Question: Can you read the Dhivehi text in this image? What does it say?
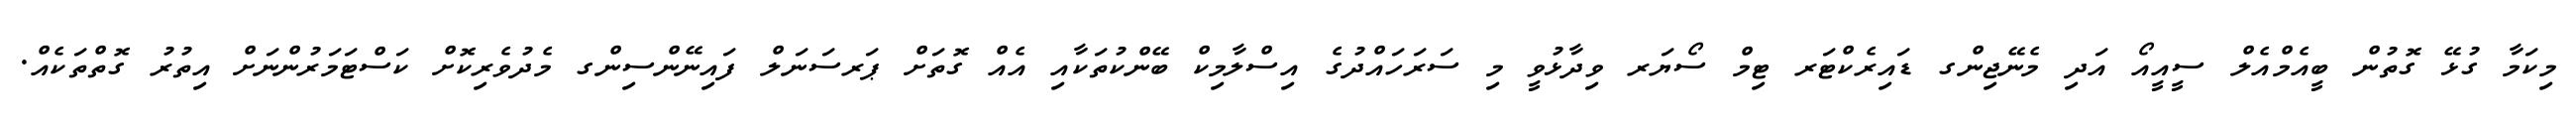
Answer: މިކަމާ ގުޅޭ ގޮތުން ބީއެމްއެލް ސީއީއޯ އަދި މެނޭޖިންގ ޑައިރެކްޓަރ ޓިމް ސޯޔަރ ވިދާޅުވީ މި ސަރަހައްދުގެ އިސްލާމިކް ބޭންކުތަކާއި އެއް ގޮތަށް ޕަރސަނަލް ފައިނޭންސިންގ މެދުވެރިކޮށް ކަސްޓަމަރުންނަށް އިތުރު ގޮތްތަކެއް.